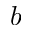
b